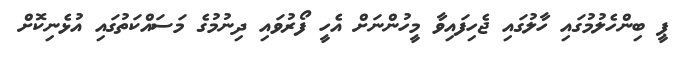
ޕީ ބިންހެލުމުގައި ހާލުގައި ޖެހިފައިވާ މީހުންނަށް އެހީ ފޯރުވައި ދިނުމުގެ މަސައްކަތުގައި އުޅެނިކޮށް